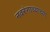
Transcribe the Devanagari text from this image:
नवरंगाच्याच्या